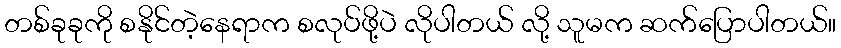
တစ်ခုခုကို စနိုင်တဲ့နေရာက စလုပ်ဖို့ပဲ လိုပါတယ် လို့ သူမက ဆက်ပြောပါတယ်။